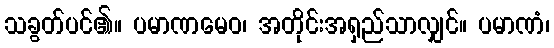
သခွတ်ပင်၏။ ပမာဏမေဝ၊ အတိုင်းအရှည်သာလျှင်။ ပမာဏံ၊